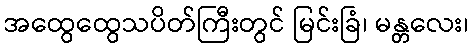
အထွေထွေသပိတ်ကြီးတွင် မြင်းခြံ၊ မန္တလေး၊